NAE_ERA_R-2324_Eesti_Vabariigi_Pohiseaduslik_Assamblee, lk 127
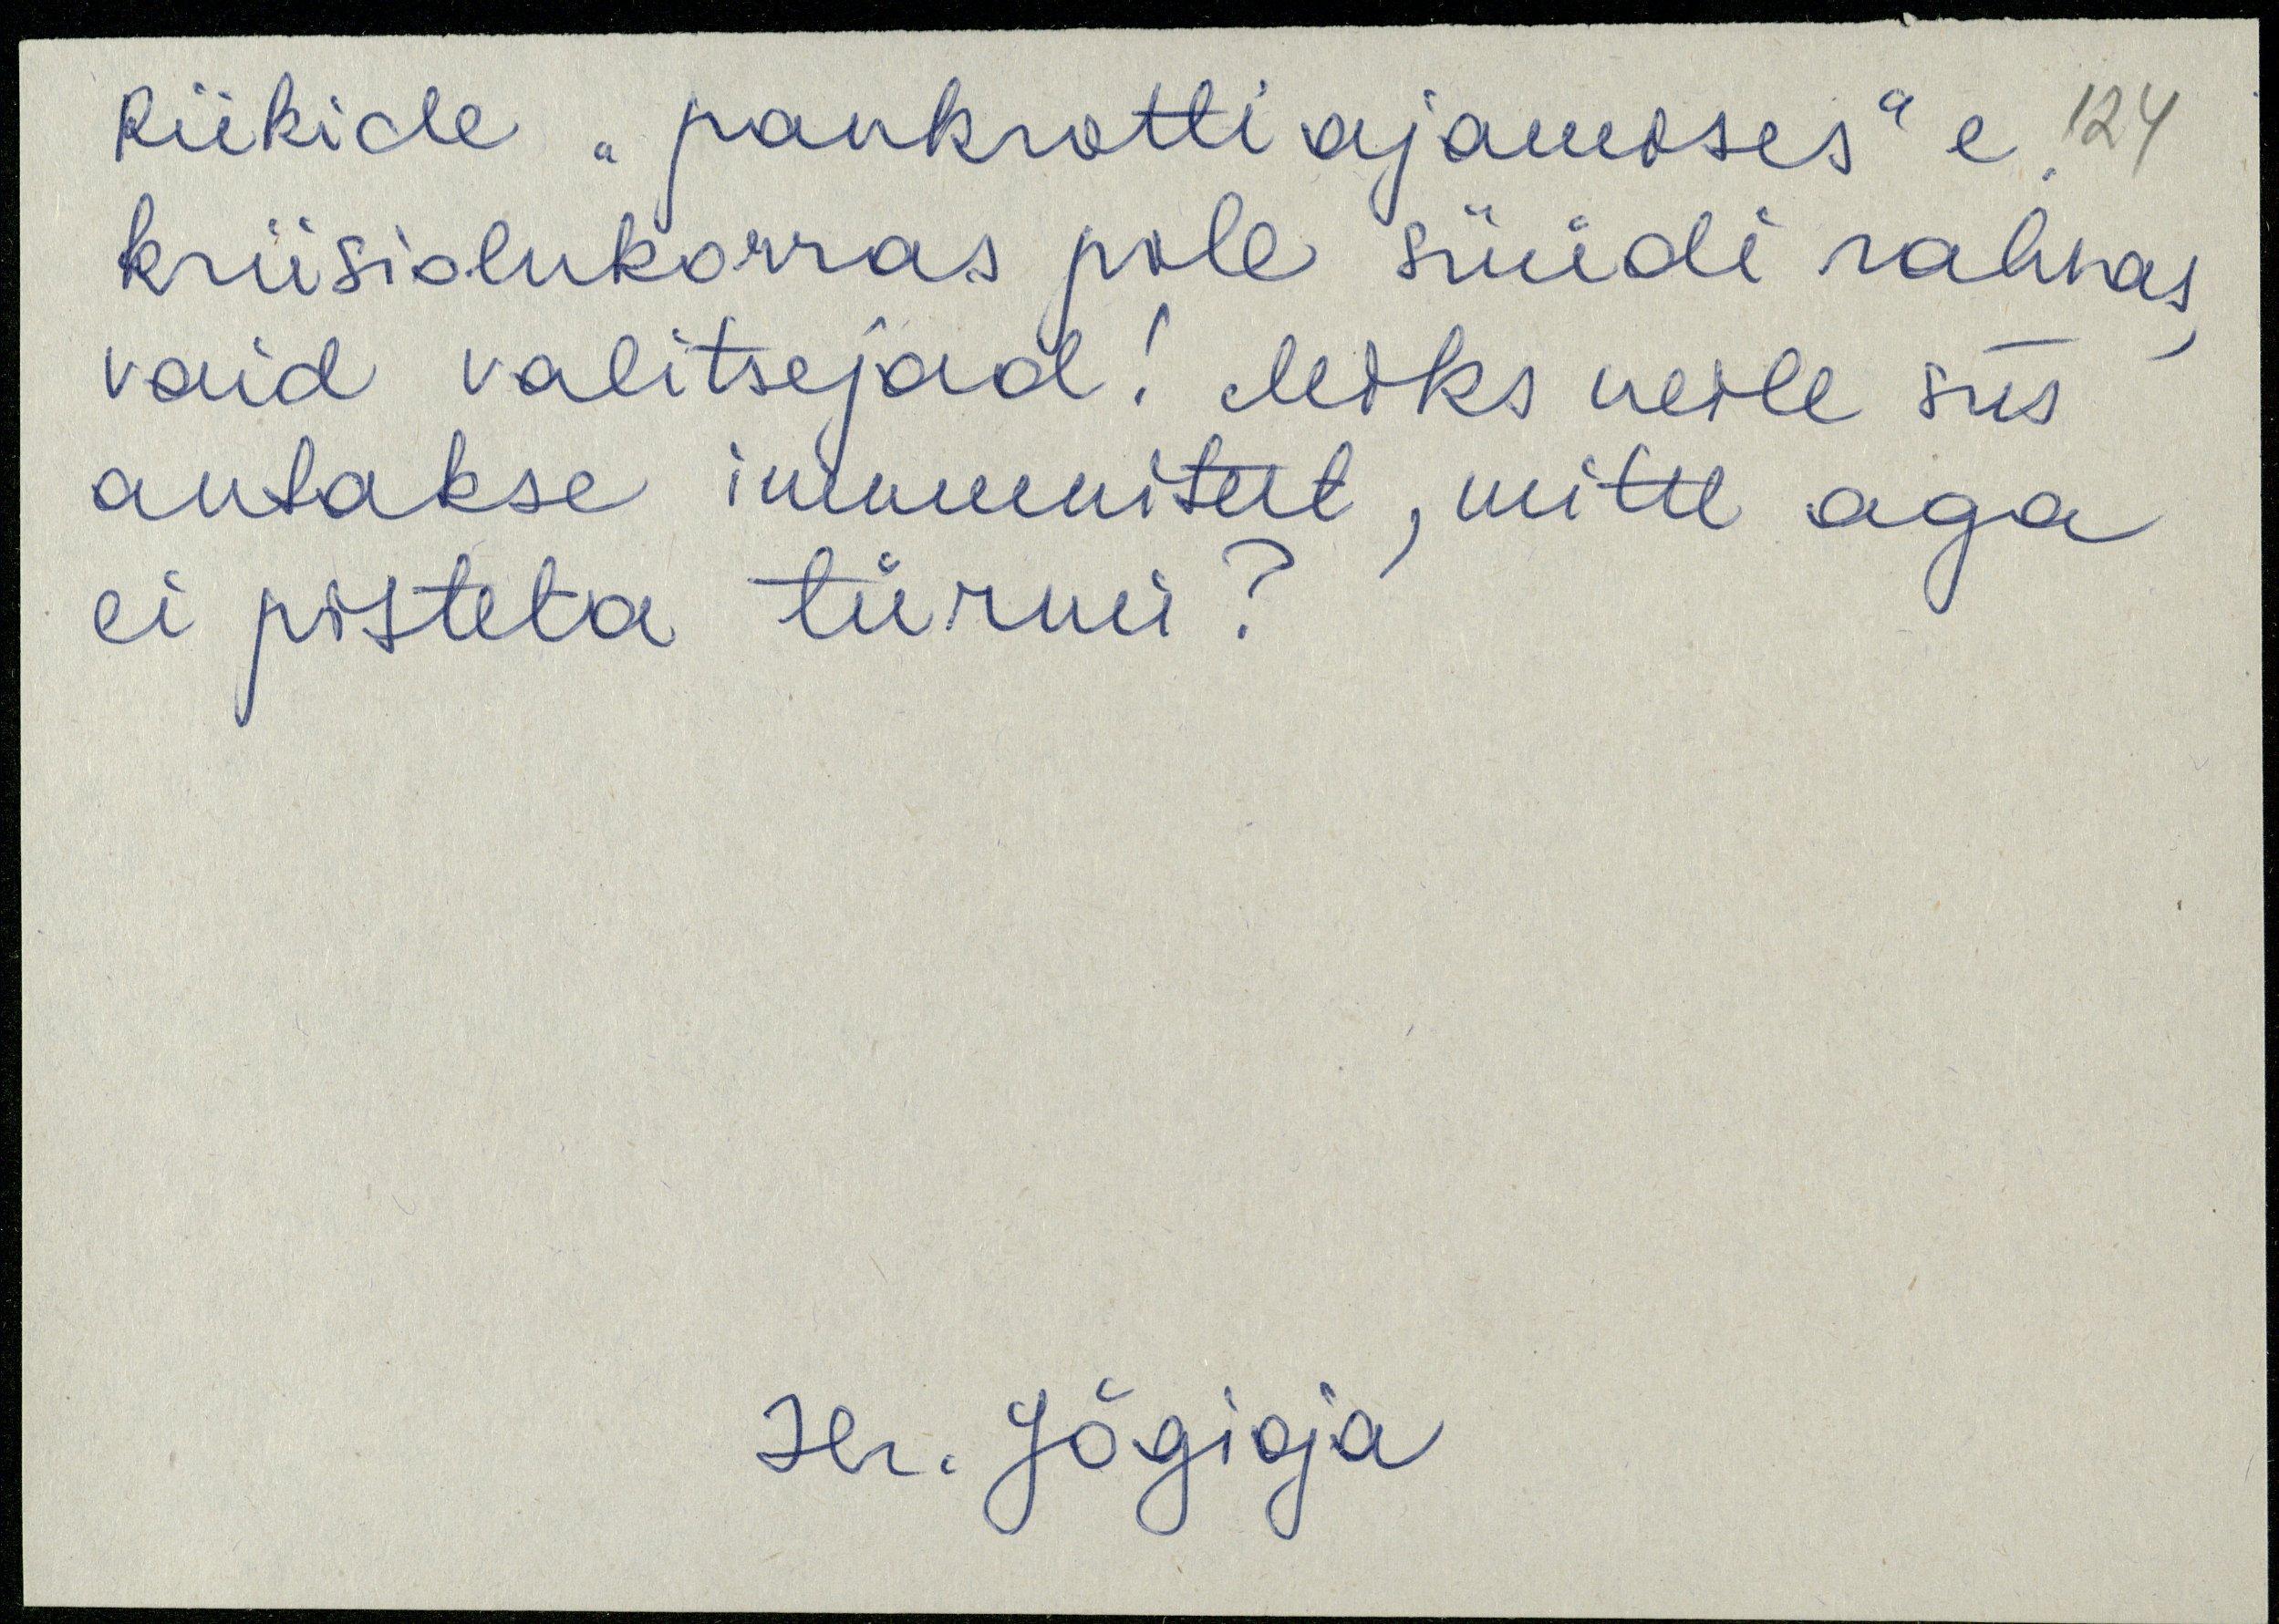
Riikide "pankrotti ajamises" e
kriisiolukorras pole süüdi rahvas
vaid valitsejad! Miks neile siis
antakse immuuniteet, mitte aga
ei pisteta türmi?
H. Jõgioja